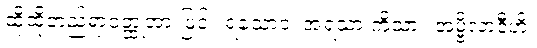
ထိုထိုတည်ရာဝတ္ထုအားဖြင့်။ ရသောဝ၊ အရသာ ကိုသာ။ အမ္ဗိလာဒီဟိ၊